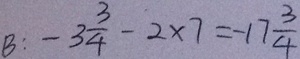
B : - 3 \frac { 3 } { 4 } - 2 \times 7 = - 1 7 \frac { 3 } { 4 }